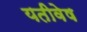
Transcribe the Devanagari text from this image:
यतीवेष